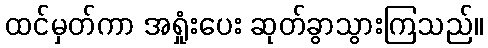
ထင်မှတ်ကာ အရှုံးပေး ဆုတ်ခွာသွားကြသည်။